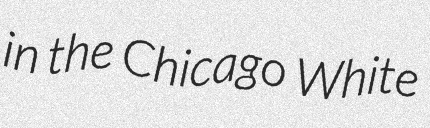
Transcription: in the Chicago White